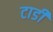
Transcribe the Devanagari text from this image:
टार्डी